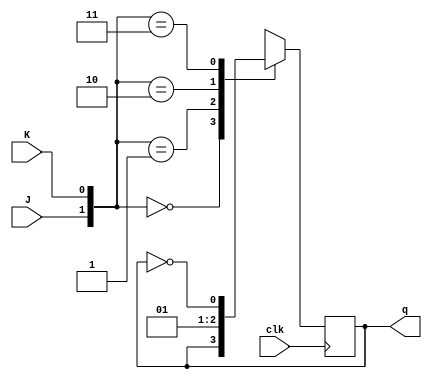
module jk_ff(J,K,q,clk);
	input J,K,clk;
	output q;
	reg q;
	initial 
		q = 1'b0;
	always@(posedge clk)
		case({J,K})
		2'b00:q<=q;
		2'b01:q<=1'b0;
		2'b10:q<=1'b1;
		2'b11:q<=~q;
		endcase
endmodule


module syncCounter(counterEn,clk,Q);
	input clk, counterEn;
	output [3:0]Q;
	wire w0,w1,w2;
	jk_ff j0(counterEn,counterEn,Q[0],clk);
	and(w2,Q[0],counterEn);
	jk_ff j1(w2,w2,Q[1],clk);
	and (w0,w2,Q[1]);
	jk_ff j2(w0,w0,Q[2],clk);
	and (w1,w0,Q[2]);
	jk_ff j3(w1,w1,Q[3],clk);
endmodule

module syncCounter_test;
	reg clk,counterEn;
	wire [3:0]q;
	syncCounter sc(counterEn,clk,q);
	initial
		begin
		$monitor($time," output=%b", q);
		#0 clk=1'b0; counterEn=1'b0;
		#10 counterEn=1'b1;
		#165 $finish;
		end
	always
		#5 clk=~clk;
		initial
	begin
$dumpfile("filename.vcd");
$dumpvars;
end
endmodule